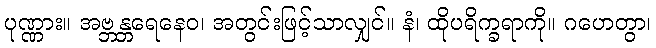
ပုဏ္ဏား။ အဗ္ဘန္တရေနေဝ၊ အတွင်းဖြင့်သာလျှင်။ နံ၊ ထိုပရိက္ခရာကို။ ဂဟေတွာ၊